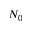
N _ { 0 }